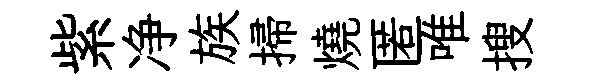
紫净族掃燒匿唯搜